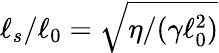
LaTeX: \ell_{s}/\ell_{0}=\sqrt{\eta/(\gamma\ell_{0}^{2})}